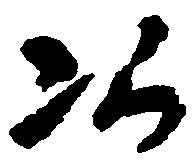
次